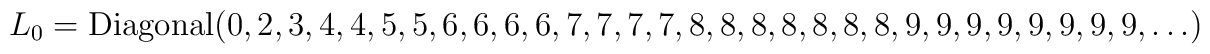
L_0=\mbox{Diagonal}(0,2,3,4,4,5,5,6,6,6,6,7,7,7,7,8,8,8,8,8,8,8,9,9,9,9,9,9,9,9, \ldots)